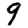
Digit: 9